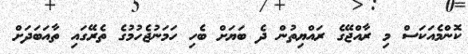
ކޮންމެއަކަސް މި ރާއްޖޭގެ ރައްޔިތުން ދެ ބަޔަށް ބެހި ހަމަނުޖެހުމުގެ ތެރޭގައި ތާއަބަދަށް